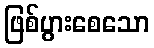
ဖြစ်ပွားစေသော